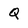
Character: Q